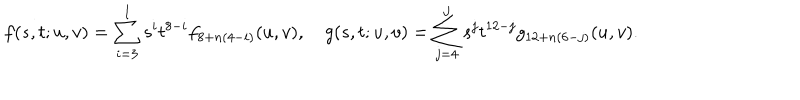
LaTeX: f ( s , t ; u , v ) = \sum _ { i = 3 } ^ { I } s ^ { i } t ^ { 8 - i } f _ { 8 + n ( 4 - i ) } ( u , v ) , ~ g ( s , t ; u , v ) = \sum _ { j = 4 } ^ { J } s ^ { j } t ^ { 1 2 - j } g _ { 1 2 + n ( 6 - j ) } ( u , v ) .